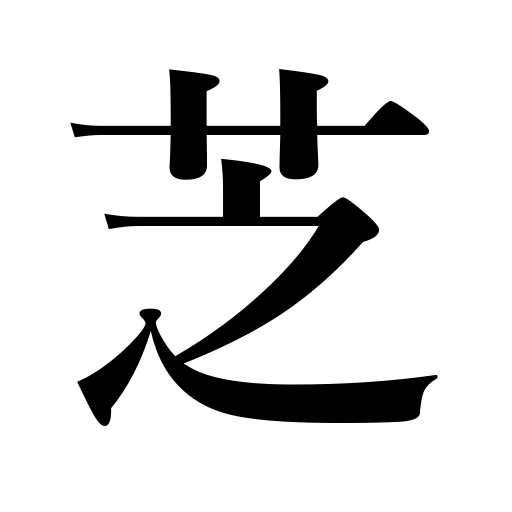
Meanings: lawn,turf,sod